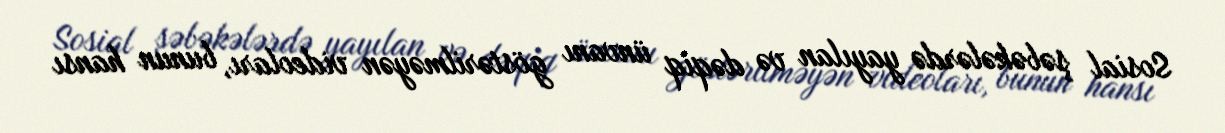
Sosial şəbəkələrdə yayılan və dəqiq ünvanı göstərilməyən videoları, bunun hansı